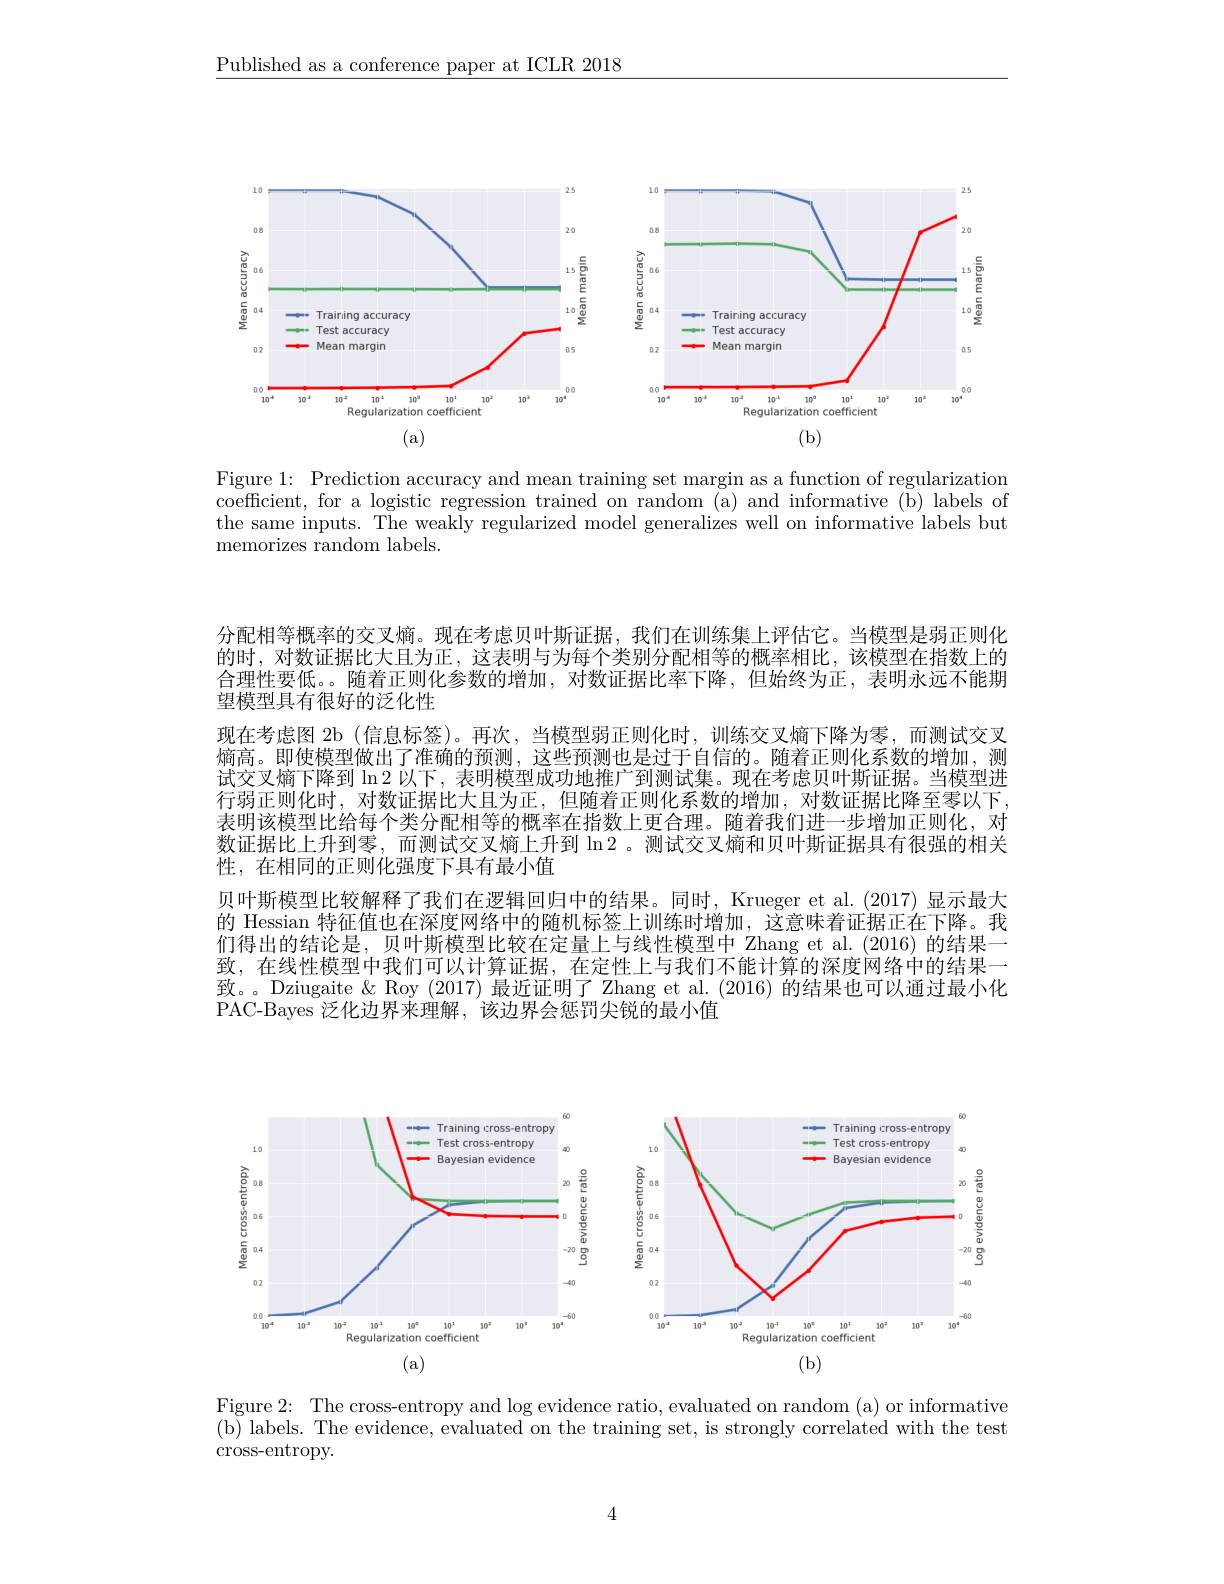
$\underline{\text{Published as a conference paper at ICLR 2018}}$

<FigureHere>

Figure 1: Prediction accuracy and mean training set margin as a function of regularization coefficient, for a logistic regression trained on random (a) and informative (b) labels of the same inputs. The weakly regularized model generalizes well on informative labels but memorizes random labels.

分配相等概率的交叉熵。现在考虑贝叶斯证据，我们在训练集上评估它。当模型是弱正则化的时，对数证据比大且为正，这表明与为每个类别分配相等的概率相比，该模型在指数上的合理性要低。。随着正则化参数的增加，对数证据比率下降，但始终为正，表明永远不能期望模型具有很好的泛化性
现在考虑图 2b (信息标签)。再次，当模型弱正则化时，训练交叉熵下降为零，而测试交叉熵高。即使模型做出了准确的预测，这些预测也是过于自信的。随着正则化系数的增加，测试交叉熵下降到$\ln2$以下，表明模型成功地推广到测试集。现在考虑贝叶斯证据。当模型进行弱正则化时，对数证据比大且为正，但随着正则化系数的增加，对数证据比降至零以下， 表明该模型比给每个类分配相等的概率在指数上更合理。随着我们进一步增加正则化，对数证据比上升到零，而测试交叉熵上升到$\ln2$。测试交叉熵和贝叶斯证据具有很强的相关性，在相同的正则化强度下具有最小值
贝叶斯模型比较解释了我们在逻辑回归中的结果。同时，Krueger et al.(2017) 显示最大的 Hessian 特征值也在深度网络中的随机标签上训练时增加，这意味着证据正在下降。我们得出的结论是，贝叶斯模型比较在定量上与线性模型中 Zhang et al.(2016) 的结果一致，在线性模型中我们可以计算证据，在定性上与我们不能计算的深度网络中的结果一致。。Dziugaite & Roy (2017) 最近证明了 Zhang et al. (2016) 的结果也可以通过最小化PAC-Bayes 泛化边界来理解，该边界会惩罚尖锐的最小值

<FigureHere>

Figure 2: The cross-entropy and log evidence ratio, evaluated on random (a) or informative (b) labels. The evidence, evaluated on the training set, is strongly correlated with the test ${\mathrm{cross-entropy.}}$